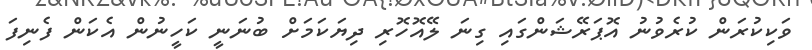
ވަކިކުރަން ކުރެވުނު އޮޕަރޭޝަންގައި ގިނަ ލޭއޮހޮރި ދިޔަކަމަށް ބުނަނީ ކަހީނުން އެކަން ފެނިފަ